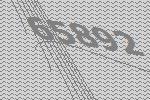
65892